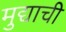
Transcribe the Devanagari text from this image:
मुद्याची